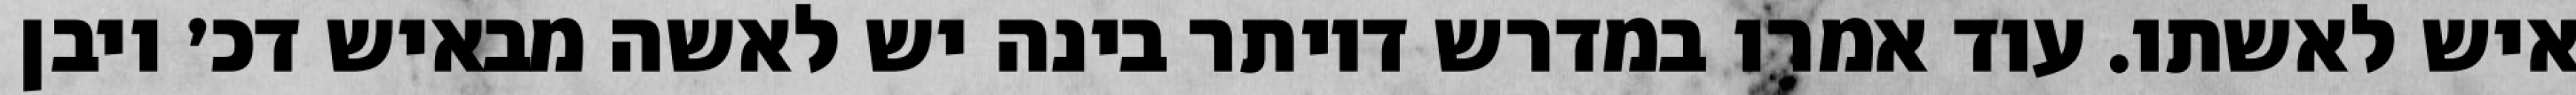
איש לאשתו. עוד אמרו במדרש דיותר בינה יש לאשה מבאיש דכ׳ ויבן